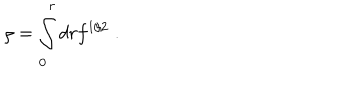
\rho = \int _ { 0 } ^ { r } d r f ^ { 1 / 2 } \; .